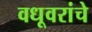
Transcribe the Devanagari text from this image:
वधूवरांचे